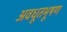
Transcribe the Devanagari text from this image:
अवधूतभूषण